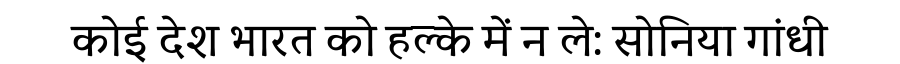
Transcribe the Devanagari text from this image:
कोई देश भारत को हल्के में न ले: सोनिया गांधी